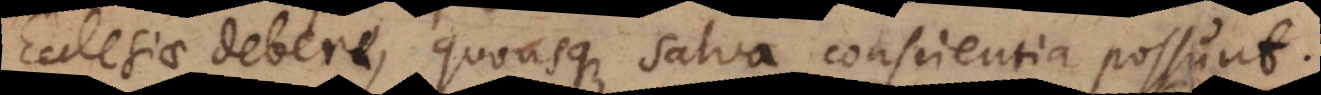
Ecclesiae debere, quousque salva conscientia possunt.